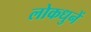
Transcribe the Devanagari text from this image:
लोकधुनें